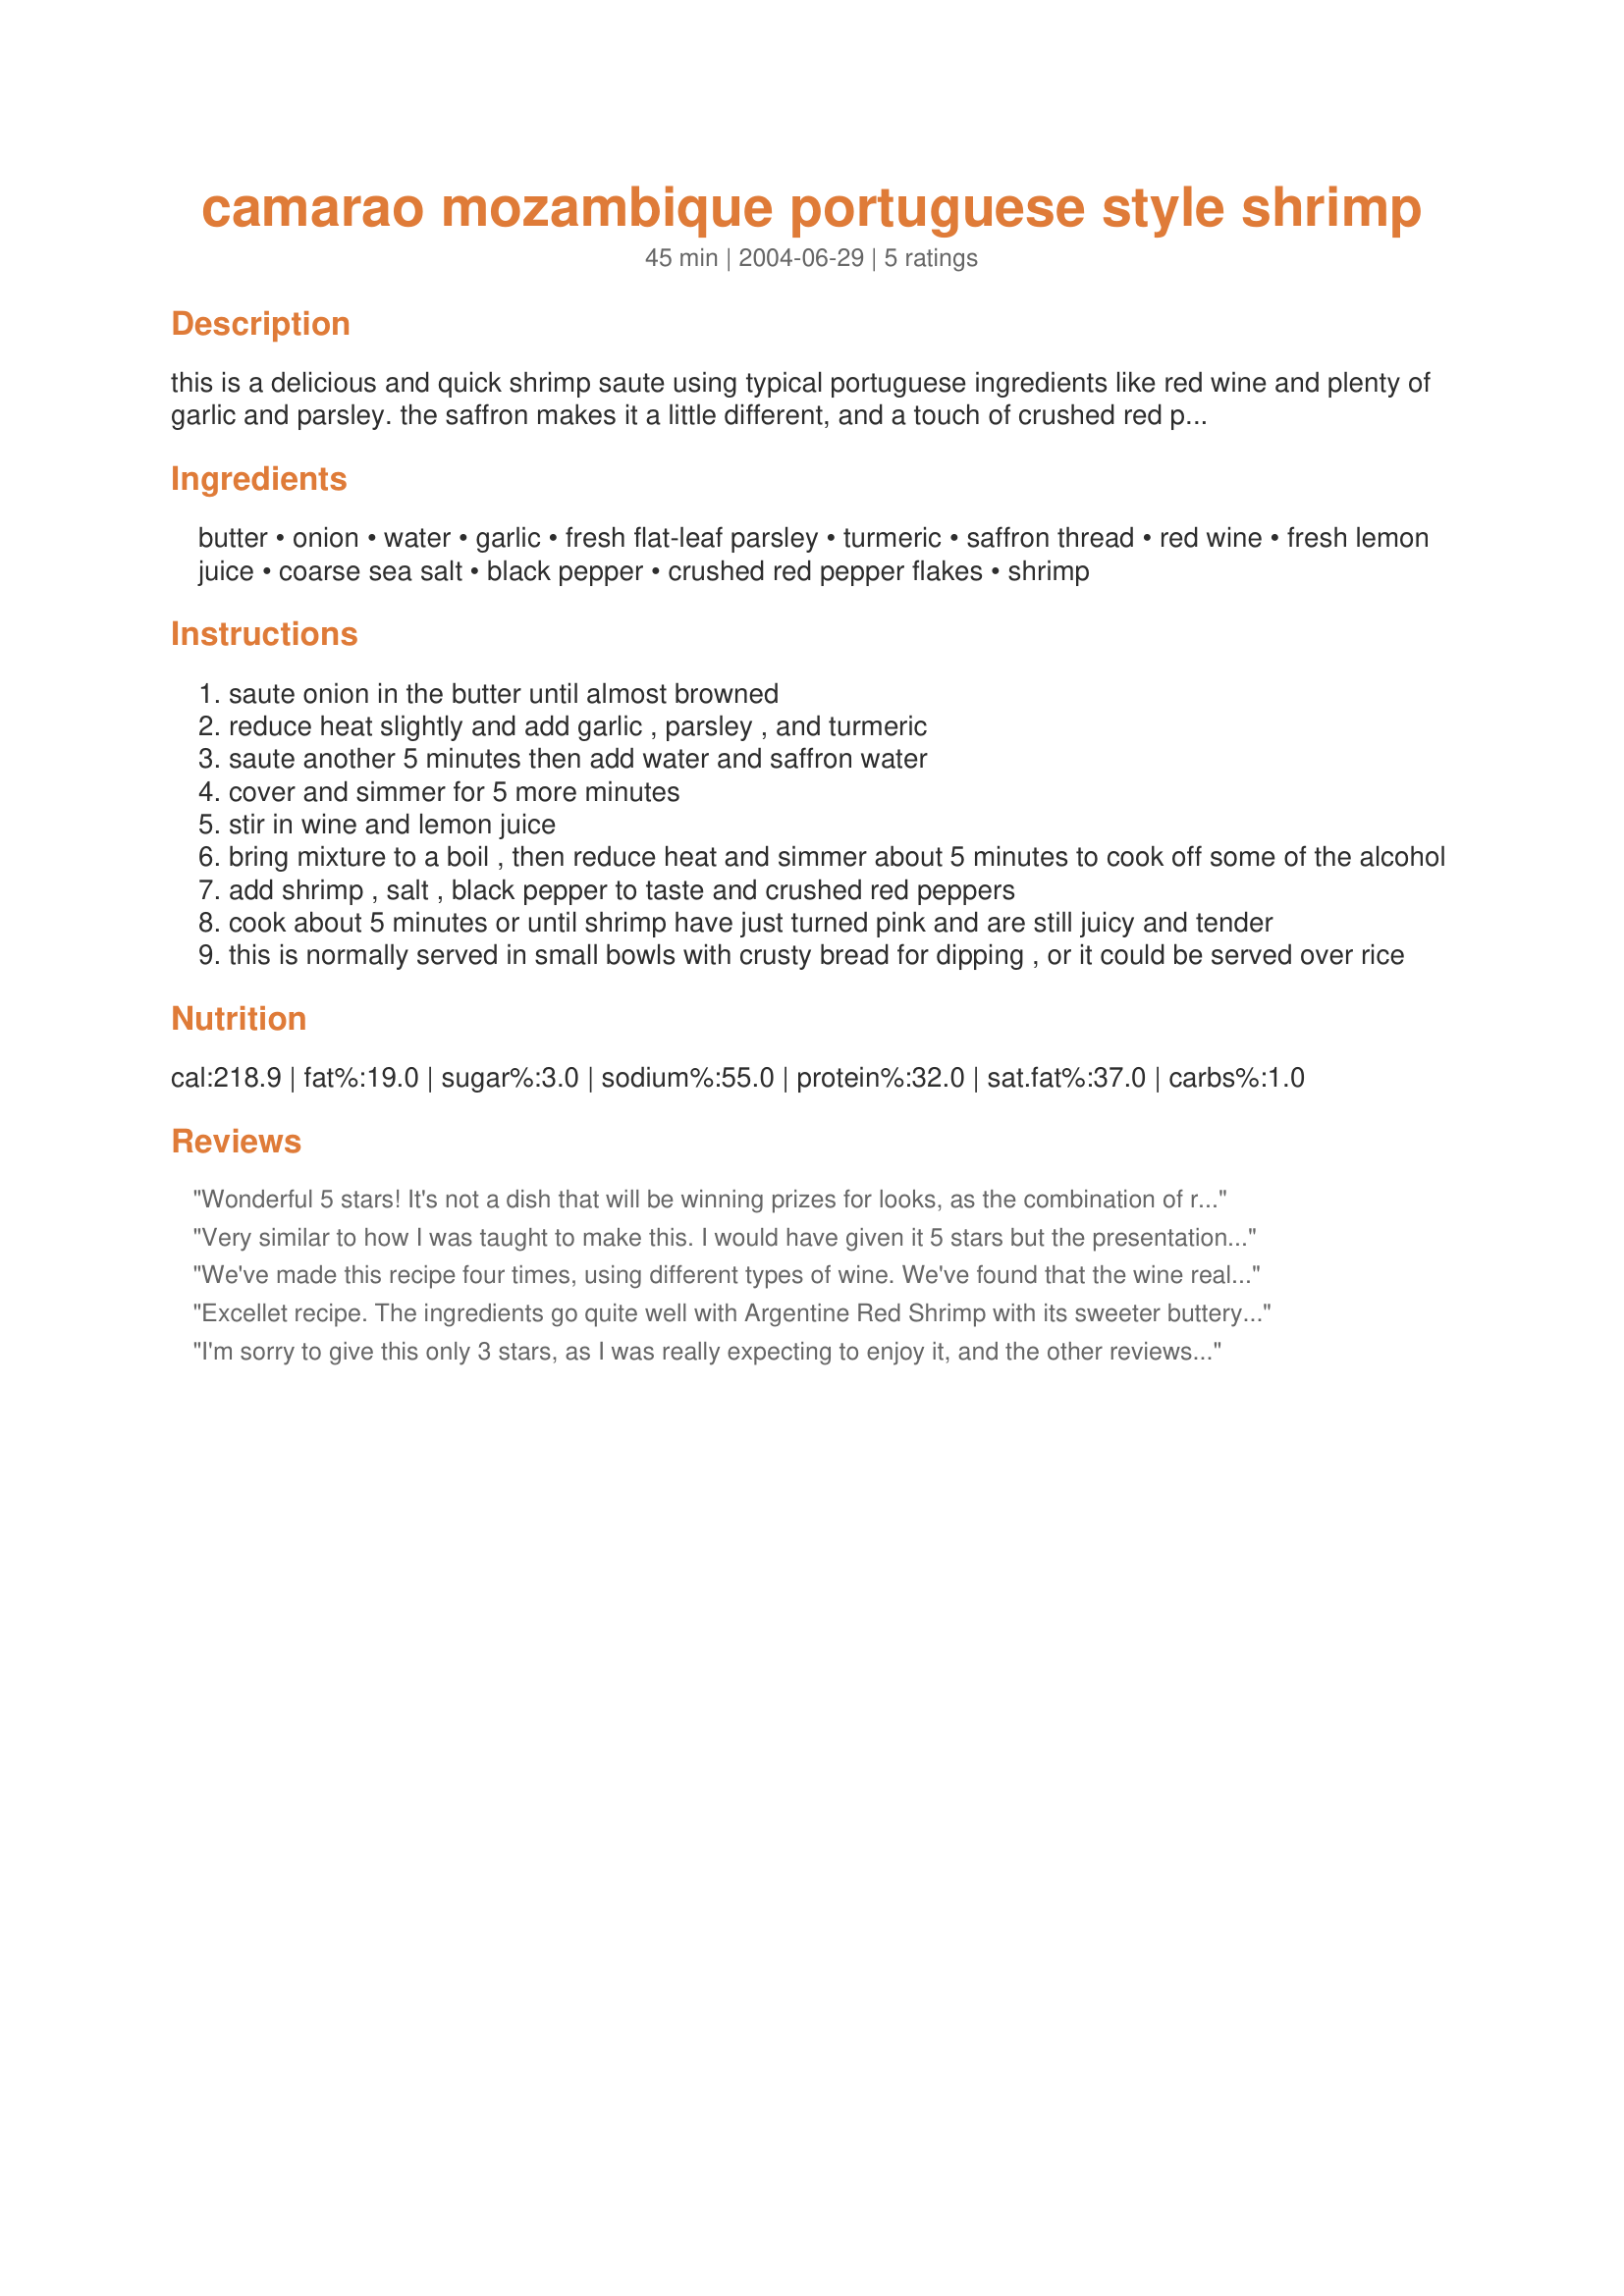
camarao mozambique portuguese style shrimp
Preparation time: 45 minutes

this is a delicious and quick shrimp saute using typical portuguese ingredients like red wine and plenty of garlic and parsley. the saffron makes it a little different, and a touch of crushed red peppers at the end of cooking make it wonderful! i used argentine pink shrimp from trader joe's, and they were awesome!

Ingredients:
butter, onion, water, garlic, fresh flat-leaf parsley, turmeric, saffron thread, red wine, fresh lemon juice, coarse sea salt, black pepper, crushed red pepper flakes, shrimp

Steps:
saute onion in the butter until almost browned
reduce heat slightly and add garlic , parsley , and turmeric
saute another 5 minutes then add water and saffron water
cover and simmer for 5 more minutes
stir in wine and lemon juice
bring mixture to a boil , then reduce heat and simmer about 5 minutes to cook off some of the alcohol
add shrimp , salt , black pepper to taste and crushed red peppers
cook about 5 minutes or until shrimp have just turned pink and are still juicy and tender
this is normally served in small bowls with crusty bread for dipping , or it could be served over rice

Reviews:
Wonderful 5 stars! It's not a dish that will be winning prizes for looks, as the combination of red wine, saffron, turmeric, pepper, parsley and and onion made a sauce that turned out a greenish brown colour.. but hiding in there was an amazing taste.. the peppers made it politely firey and the heat could easily be increased or decreased to suit indivual palettes and the rest are a wonderful combination of tastes where none totally predominate and all work smoothly together. Please see my rating system: an excellent 5 stars for a recipe where the only thing wrong was that I was sad when the last morsel had been eaten. Thanks!
Very similar to how I was taught to make this. I would have given it 5 stars but the presentation was not appealing.I do not use red wine when making this dish. Ideally one 12 oz bottle of beer is used in place of the wine.This is flavorful and the dish is much more appealing to the eye. I have used white wine on occasion, but the beer is better.Oh by the way I am portuguese and was taught by my vavo (grandmother).
We've made this recipe four times, using different types of wine. We've found that the wine really affects both the taste and the appearance. So far the best results have been with standard "sherry cooking wine" from the grocery store. The result is a more yellow color. When we used cabernet it turned the sauce brown and sort of overwhelmed all the other flavors. Otherwise, this is a nice simple recipe that's a definite keeper. Goes great with vinho verde (green wine from Portugal).
Excellet recipe. The ingredients go quite well with Argentine Red Shrimp with its sweeter buttery flavor and tender texture. I linked this recipe from www.facebook.com/argentineredshrimp.
I'm sorry to give this only 3 stars, as I was really expecting to enjoy it, and the other reviews are so good. It wasn't bad, just not something I want to eat again. I'm not sure why I didn't like it as much as I expected. The ingredients sound great, but this didn't seem very flavorful, and the saffron was a little dominating. I served the shrimp and "sauce" over cellophane noodles.
